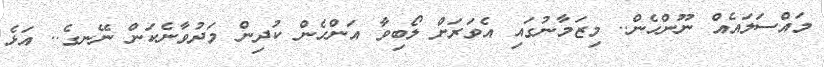
މައްސަލައެއް ނޫންހެން.. މިޒަމާނުގައި އެވަރަށް ލޯބިވާ އަންހެން ކުދިން މަދުވާނެކަން ނޭނގެ.. އަޅެ